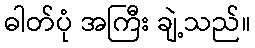
ဓါတ်ပုံ အကြီး ချဲ့သည်။